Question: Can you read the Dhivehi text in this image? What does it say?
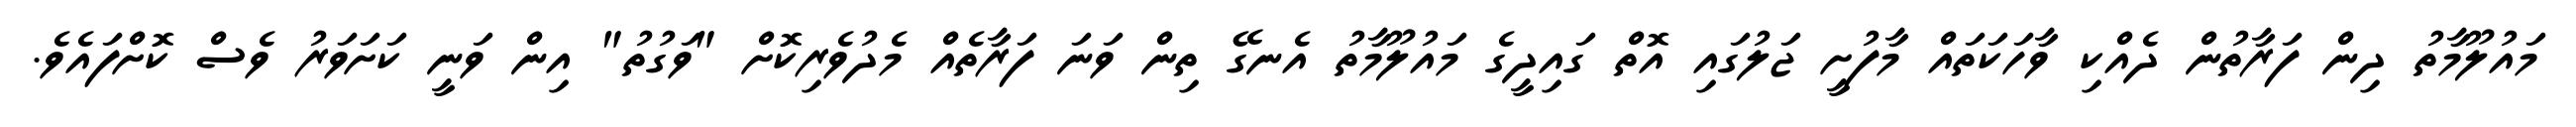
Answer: މައުލޫމާތު ދިން ފަރާތުން ދެއްކި ވާހަކަތައް މާފުށީ ޖަލުގައި އޮތް ގައިދީގެ މައުލޫމާތު އެނގޭ ތިން ވަނަ ފަރާތެއް މެދުވެރިކޮށް "ވަގުތު" އިން ވަނީ ކަށަވަރު ވެސް ކޮށްފައެވެ.